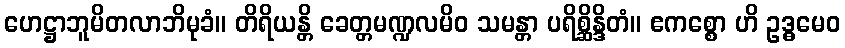
ဟေဋ္ဌာဘူမိတလာဘိမုခံ။ တိရိယန္တိ ခေတ္တမဏ္ဍလမိဝ သမန္တာ ပရိစ္ဆိန္ဒိတံ။ ဧကစ္စော ဟိ ဥဒ္ဓမေဝ